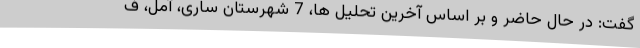
گفت: در حال حاضر و بر اساس آخرین تحلیل ها، 7 شهرستان ساری، آمل، ف